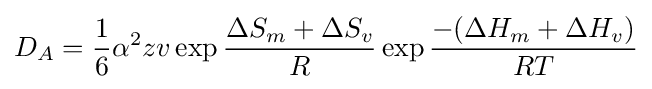
D_{A}={\frac {1}{6}}\alpha ^{2}zv\exp {\frac {\Delta S_{m}+\Delta S_{v}}{R}}\exp {\frac {-(\Delta H_{m}+\Delta H_{v})}{RT}}